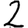
Digit: 2